Vaccination in Bombay 1924-1928 - 1924-1928
Year: 1924
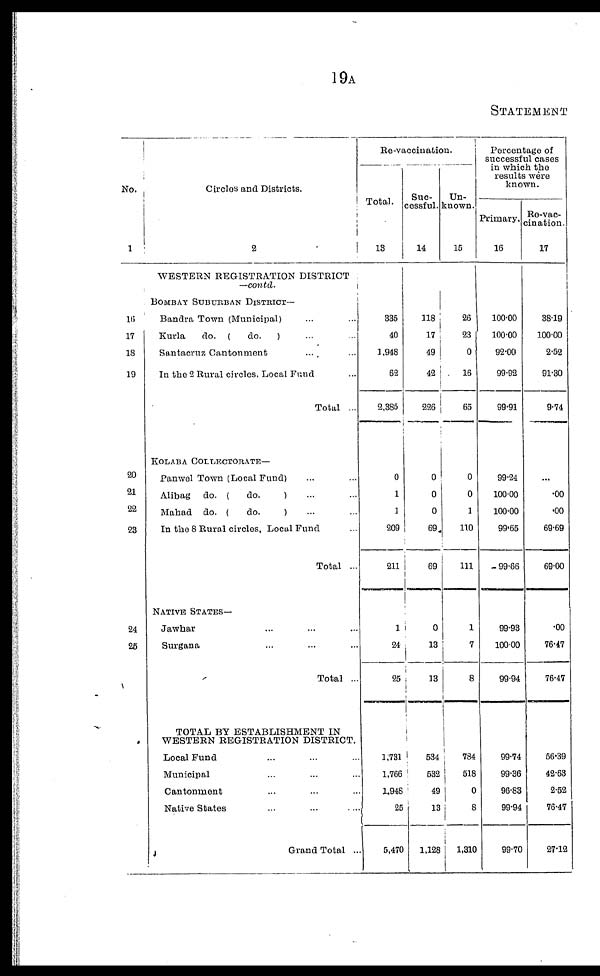
19A
STATEMENT
No.
1
16
17
18
19
20
21
22
23
24
26
Circles and Districts.
2
WESTERN REGISTRATION DISTRICT
—contd.
BOMBAY SUBURBAN DISTRICT—
Bandra Town (Municipal) ... ...
Kurla
do. (
do.
) ... ...
Santacruz Cantonment ... ...
In the 2 Rural circles, Local Fund ...
Total ...
KOLABA COLLECTORATE—
Panwel Town (Local Fund) ... ...
Alibag do. (
do.
) ... ...
Mahad do. (
do.
) ... ...
In the 8 Rural circles, Local Fund ...
Total ...
NATIVE STATES—
Jawhar ... ... ...
Surgana ... ... ...
Total ...
TOTAL BY ESTABLISHMENT IN
WESTERN REGISTRATION DISTRICT.
Local Fund ... ... ...
Municipal ... ... ...
Cantonment ... ... ...
Native States ... ... ...
Grand Total ...
Re-vaccination.
Total.
13
335
40
1,948
62
2,385
0
1
1
209
211
1
24
25
1,731
1,766
1,948
25
5,470
Suc-
cessful.
14
118
17
49
42
226
0
0
0
69
69
0
13
13
534
532
49
13
1,128
Un-
known.
15
26
23
0
16
65
0
0
1
110
111
1
7
8
784
518
0
8
1,310
Percentage of
successful cases
in which the
results were
known.
Primary.
16
100.00
100.00
92.00
99.92
99.91
99.24
100.00
100.00
99.65
99.66
99.93
100.00
99.94
99.74
99.36
96.83
99.94
99.70
Re-vac-
cination.
17
38.19
100.00
2.52
91.30
9.74
...
.00
.00
69.69
69.00
.00
76.47
76.47
56.39
42.63
2.52
76.47
27.12